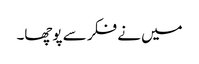
میں نے فکر سے پوچھا۔